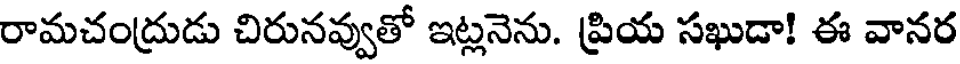
రామచంద్రుడు చిరునవ్వుతో ఇట్లనెను. ప్రియ సఖుడా! ఈ వానర